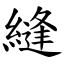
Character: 縫